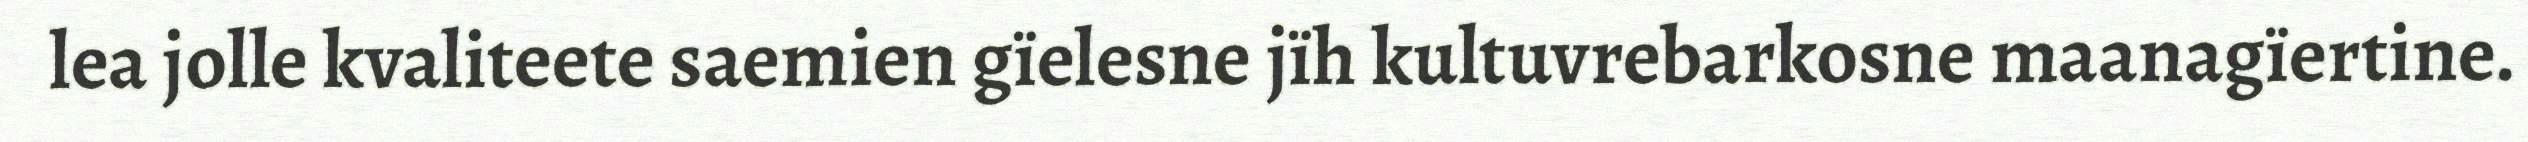
lea jolle kvaliteete saemien gïelesne jïh kultuvrebarkosne maanagïertine.